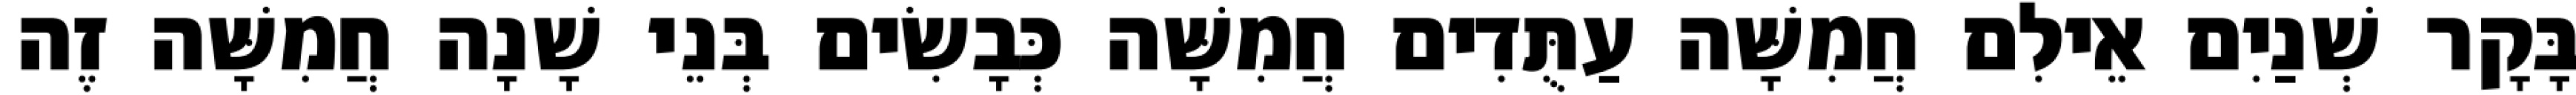
בָּקָר שְׁנַיִם אֵילִם חֲמִשָּׁה עַתֻּדִים חֲמִשָּׁה כְּבָשִׂים בְּנֵי שָׁנָה חֲמִשָּׁה זֶה